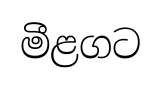
මීළගට